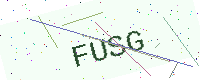
Text: FUSG